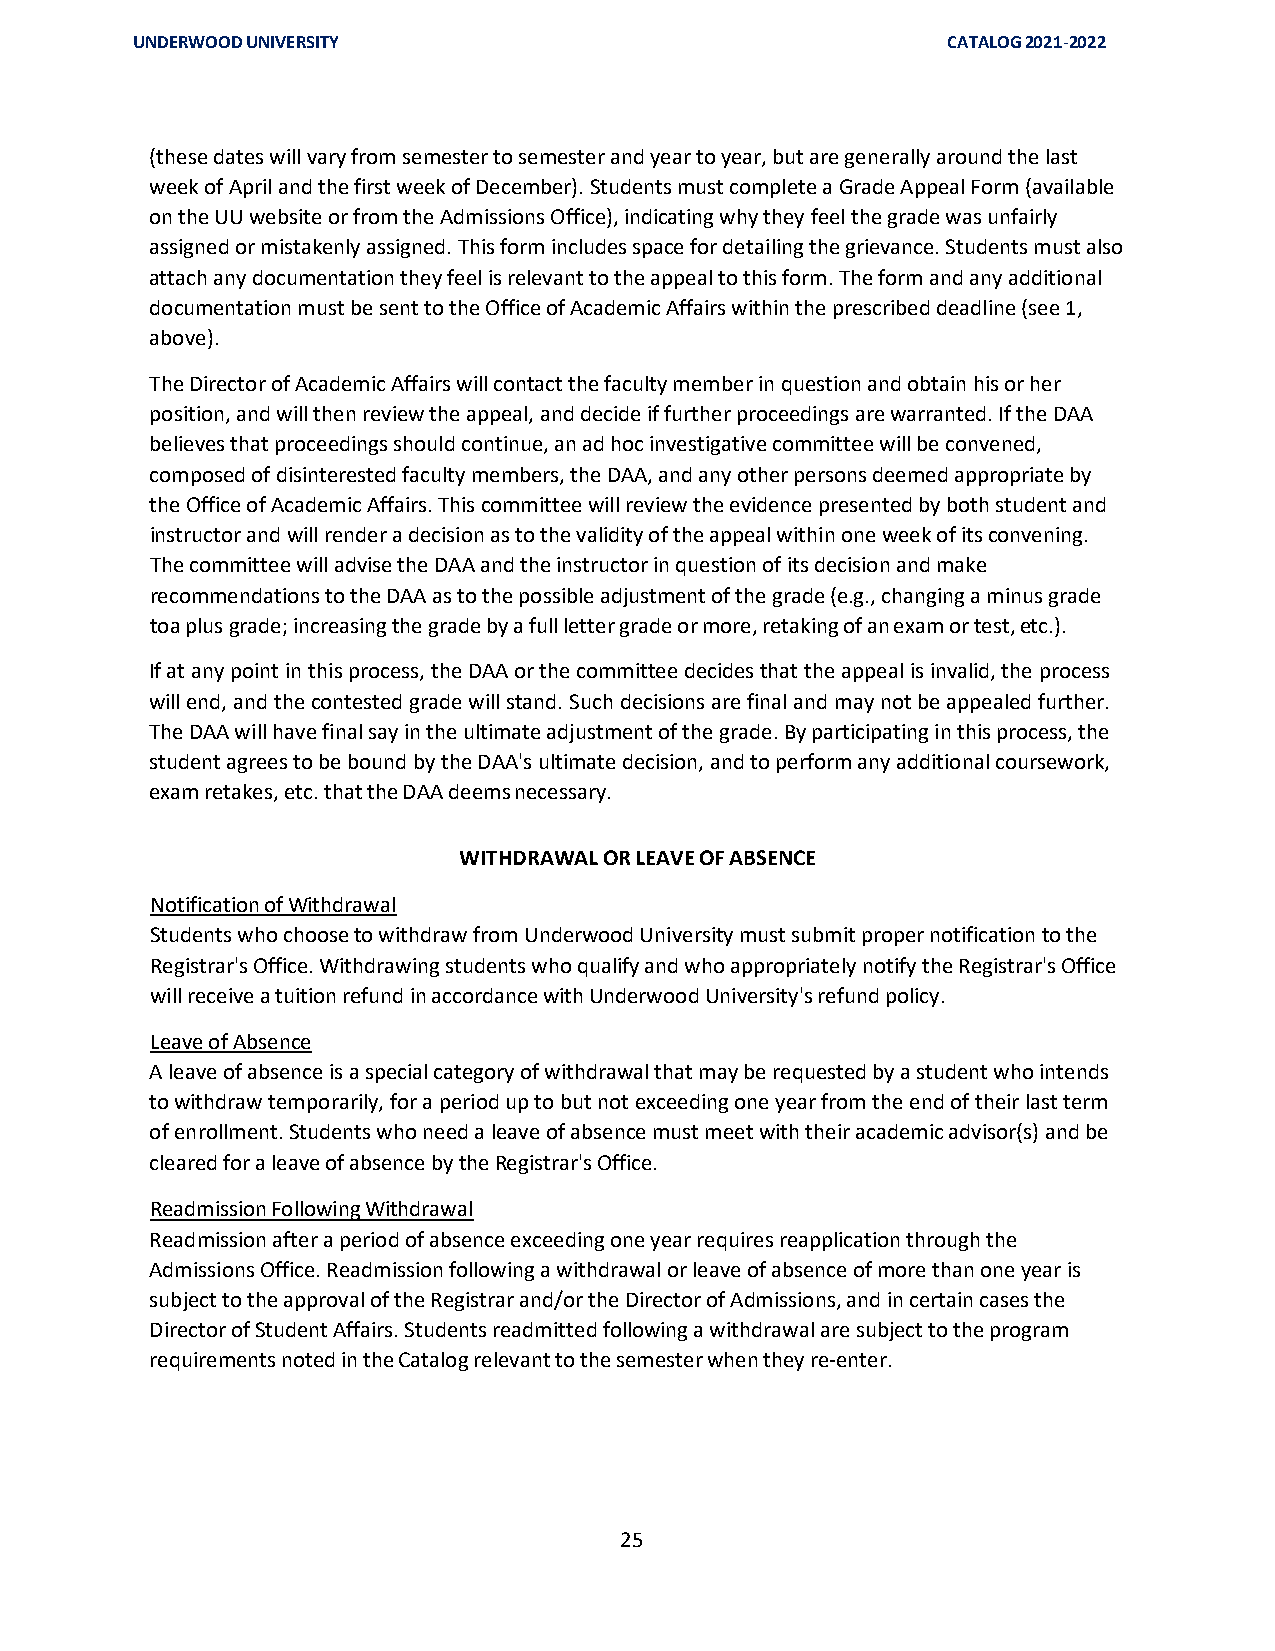
UNDERWOOD UNIVERSITY                                  CATALOG 2021-2022
 (these dates will vary from semester to semester and year to year, but are generally around the last
 week of April and the first week of December). Students must complete a Grade Appeal Form (available
 on the UU website or from the Admissions Office), indicating why they feel the grade was unfairly
 assigned or mistakenly assigned. This form includes space for detailing the grievance. Students must also
 attach any documentation they feel is relevant to the appeal to this form. The form and any additional
 documentation must be sent to the Office of Academic Affairs within the prescribed deadline (see 1,
 above).
 The Director of Academic Affairs will contact the faculty member in question and obtain his or her
 position, and will then review the appeal, and decide if further proceedings are warranted. If the DAA
 believes that proceedings should continue, an ad hoc investigative committee will be convened,
 composed of disinterested faculty members, the DAA, and any other persons deemed appropriate by
 the Office of Academic Affairs. This committee will review the evidence presented by both student and
 instructor and will render a decision as to the validity of the appeal within one week of its convening.
 The committee will advise the DAA and the instructor in question of its decision and make
 recommendations to the DAA as to the possible adjustment of the grade (e.g., changing a minus grade
 toa plus grade; increasing the grade by a full letter grade or more, retaking of an exam or test, etc.).
 If at any point in this process, the DAA or the committee decides that the appeal is invalid, the process
 will end, and the contested grade will stand. Such decisions are final and may not be appealed further.
 The DAA will have final say in the ultimate adjustment of the grade. By participating in this process, the
 student agrees to be bound by the DAA's ultimate decision, and to perform any additional coursework,
 exam retakes, etc. that the DAA deems necessary.
 WITHDRAWAL OR LEAVE OF ABSENCE
 Notification of Withdrawal
 Students who choose to withdraw from Underwood University must submit proper notification to the
 Registrar's Office. Withdrawing students who qualify and who appropriately notify the Registrar's Office
 will receive a tuition refund in accordance with Underwood University's refund policy.
 Leave of Absence
 A leave of absence is a special category of withdrawal that may be requested by a student who intends
 to withdraw temporarily, for a period up to but not exceeding one year from the end of their last term
 of enrollment. Students who need a leave of absence must meet with their academic advisor(s) and be
 cleared for a leave of absence by the Registrar's Office.
 Readmission Following Withdrawal
 Readmission after a period of absence exceeding one year requires reapplication through the
 Admissions Office. Readmission following a withdrawal or leave of absence of more than one year is
 subject to the approval of the Registrar and/or the Director of Admissions, and in certain cases the
 Director of Student Affairs. Students readmitted following a withdrawal are subject to the program
 requirements noted in the Catalog relevant to the semester when they re-enter.
 25